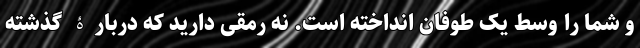
و شما را وسط یک طوفان انداخته است. نه رمقی دارید که دربارۀ گذشته